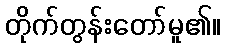
တိုက်တွန်းတော်မူ၏။